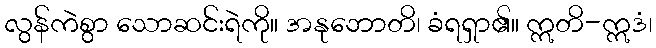
လွန်ကဲစွာ သောဆင်းရဲကို။ အနုဘောတိ၊ ခံရရှာ၏။ ဣတိ-ဣဒံ၊